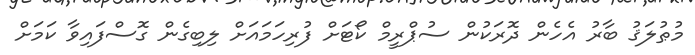
މުޠުލަޤު ބާރު އެހެން ދޮރަކުން ސުޕްރީމް ކޯޓަށް ފުރިހަމައަށް ލިބިގެން ގޮސްފައިވާ ކަމަށް